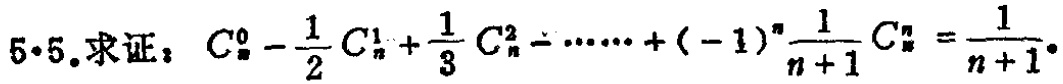
5.5.求证：\(C_{n}^{0}-\frac{1}{2}C_{n}^{1}+\frac{1}{3}C_{n}^{2}-\cdots +(-1)^{n}\frac{1}{n + 1}C_{n}^{n}=\frac{1}{n + 1}\)